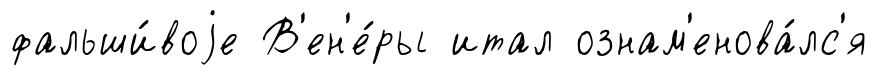
фальши́воjе В'ен'е́ры итал ознам'енова́лс'я